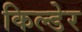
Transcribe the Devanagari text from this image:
किल्डेर